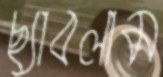
ছ্যাবলাম